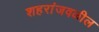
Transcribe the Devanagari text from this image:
शहरांजवळील